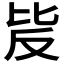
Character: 𣬆